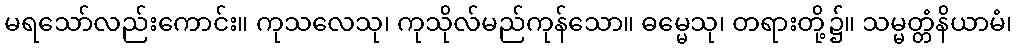
မရသော်လည်းကောင်း။ ကုသလေသု၊ ကုသိုလ်မည်ကုန်သော။ ဓမ္မေသု၊ တရားတို့၌။ သမ္မတ္တံနိယာမံ၊